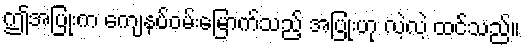
ဤအပြုံးက ကျေနပ်ဝမ်းမြောက်သည့် အပြုံးဟု လဲ့လဲ့ ထင်သည်။